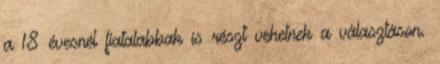
a 18 évesnél fiatalabbak is részt vehetnek a választáson.